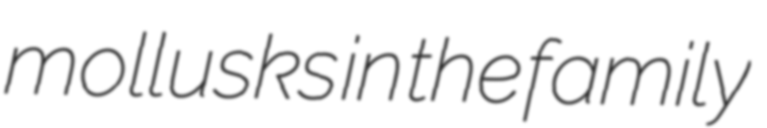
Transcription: mollusks in the family